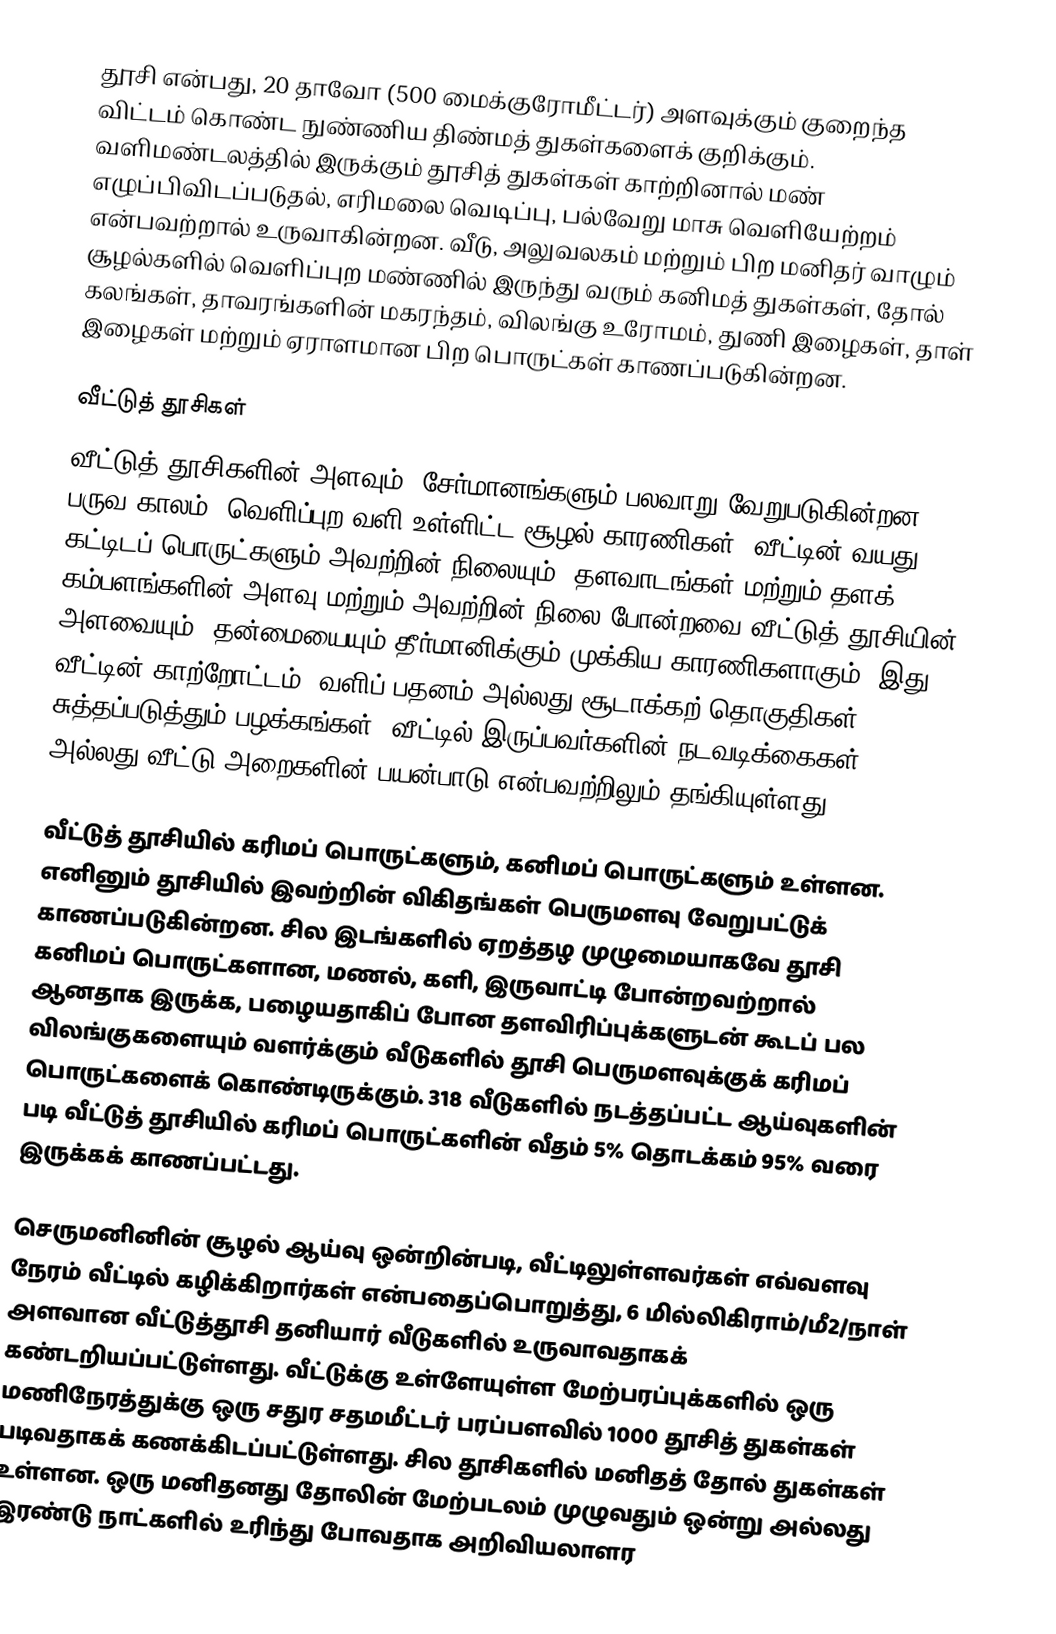
தூசி என்பது, 20 தாவோ (500 மைக்குரோமீட்டர்) அளவுக்கும் குறைந்த விட்டம் கொண்ட நுண்ணிய திண்மத் துகள்களைக் குறிக்கும். வளிமண்டலத்தில் இருக்கும் தூசித் துகள்கள் காற்றினால் மண் எழுப்பிவிடப்படுதல், எரிமலை வெடிப்பு, பல்வேறு மாசு வெளியேற்றம் என்பவற்றால் உருவாகின்றன. வீடு, அலுவலகம் மற்றும் பிற மனிதர் வாழும் சூழல்களில் வெளிப்புற மண்ணில் இருந்து வரும் கனிமத் துகள்கள், தோல் கலங்கள், தாவரங்களின் மகரந்தம், விலங்கு உரோமம், துணி இழைகள், தாள் இழைகள் மற்றும் ஏராளமான பிற பொருட்கள் காணப்படுகின்றன.

வீட்டுத் தூசிகள்
வீட்டுத் தூசிகளின் அளவும், சேர்மானங்களும் பலவாறு வேறுபடுகின்றன. பருவ காலம், வெளிப்புற வளி உள்ளிட்ட சூழல் காரணிகள், வீட்டின் வயது, கட்டிடப் பொருட்களும் அவற்றின் நிலையும், தளவாடங்கள் மற்றும் தளக் கம்பளங்களின் அளவு மற்றும் அவற்றின் நிலை போன்றவை வீட்டுத் தூசியின் அளவையும், தன்மையையும் தீர்மானிக்கும் முக்கிய காரணிகளாகும். இது, வீட்டின் காற்றோட்டம், வளிப் பதனம் அல்லது சூடாக்கற் தொகுதிகள், சுத்தப்படுத்தும் பழக்கங்கள், வீட்டில் இருப்பவர்களின் நடவடிக்கைகள் அல்லது வீட்டு அறைகளின் பயன்பாடு என்பவற்றிலும் தங்கியுள்ளது.

வீட்டுத் தூசியில் கரிமப் பொருட்களும், கனிமப் பொருட்களும் உள்ளன. எனினும் தூசியில் இவற்றின் விகிதங்கள் பெருமளவு வேறுபட்டுக் காணப்படுகின்றன. சில இடங்களில் ஏறத்தழ முழுமையாகவே தூசி கனிமப் பொருட்களான, மணல், களி, இருவாட்டி போன்றவற்றால் ஆனதாக இருக்க, பழையதாகிப் போன தளவிரிப்புக்களுடன் கூடப் பல விலங்குகளையும் வளர்க்கும் வீடுகளில் தூசி பெருமளவுக்குக் கரிமப் பொருட்களைக் கொண்டிருக்கும். 318 வீடுகளில் நடத்தப்பட்ட ஆய்வுகளின் படி வீட்டுத் தூசியில் கரிமப் பொருட்களின் வீதம் 5% தொடக்கம் 95% வரை இருக்கக் காணப்பட்டது.

செருமனினின் சூழல் ஆய்வு ஒன்றின்படி, வீட்டிலுள்ளவர்கள் எவ்வளவு நேரம் வீட்டில் கழிக்கிறார்கள் என்பதைப்பொறுத்து, 6 மில்லிகிராம்/மீ2/நாள் அளவான வீட்டுத்தூசி தனியார் வீடுகளில் உருவாவதாகக் கண்டறியப்பட்டுள்ளது. வீட்டுக்கு உள்ளேயுள்ள மேற்பரப்புக்களில் ஒரு மணிநேரத்துக்கு ஒரு சதுர சதமமீட்டர் பரப்பளவில் 1000 தூசித் துகள்கள் படிவதாகக் கணக்கிடப்பட்டுள்ளது. சில தூசிகளில் மனிதத் தோல் துகள்கள் உள்ளன. ஒரு மனிதனது தோலின் மேற்படலம் முழுவதும் ஒன்று அல்லது இரண்டு நாட்களில் உரிந்து போவதாக அறிவியலாளர